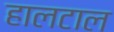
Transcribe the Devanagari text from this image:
हालटाल